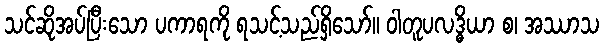
သင်ဆိုအပ်ပြီးသော ပကာရကို ရသင့်သည်ရှိသော်။ ဝါတူပလဒ္ဓိယာ စ၊ အဿာသ